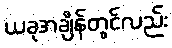
ယခုအချိန်တွင်လည်း